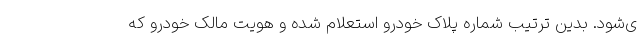
ی‌شود. بدین ترتیب شماره پلاک خودرو استعلام شده و هویت مالک خودرو که